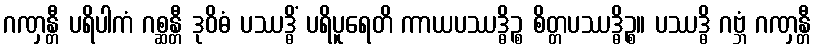
ဂဏှန္တီ ပရိပါကံ ဂစ္ဆန္တီ ဒုဝိဓံ ပဿဒ္ဓိံ ပရိပူရေတိ ကာယပဿဒ္ဓိဉ္စ စိတ္တပဿဒ္ဓိဉ္စ။ ပဿဒ္ဓိ ဂဗ္ဘံ ဂဏှန္တီ